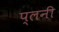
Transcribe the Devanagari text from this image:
प्लनी